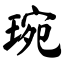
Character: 琬